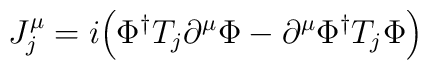
J_j^\mu=i\Big(\Phi^\dagger T_j\partial^\mu\Phi-\partial^\mu\Phi^\dagger           T_j\Phi\Big)